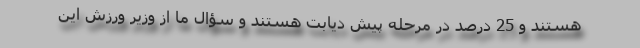
هستند و 25 درصد در مرحله پیش دیابت هستند و سؤال ما از وزیر ورزش این